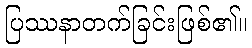
ပြဿနာတက်ခြင်းဖြစ်၏။